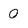
Character: 0